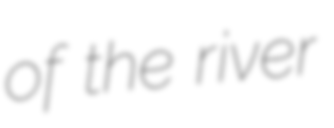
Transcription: of the river